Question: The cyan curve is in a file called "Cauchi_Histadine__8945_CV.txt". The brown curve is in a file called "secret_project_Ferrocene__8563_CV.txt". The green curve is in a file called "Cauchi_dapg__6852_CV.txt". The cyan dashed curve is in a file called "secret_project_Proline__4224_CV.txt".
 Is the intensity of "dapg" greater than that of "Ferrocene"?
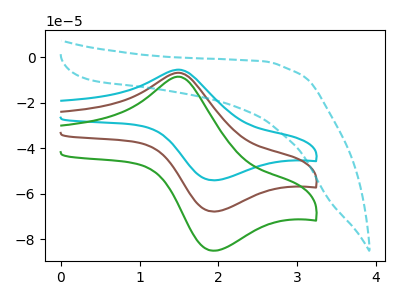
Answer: <think>The cyan curve "Histadine" has an anodic peak at (1.50V, -13.55uA) and a cathodic peak at (1.90V, -135.40uA). The brown curve "Ferrocene" has an anodic peak at (1.50V, -6.75uA) and a cathodic peak at (1.90V, -67.70uA). The green curve "dapg" has an anodic peak at (1.50V, -8.50uA) and a cathodic peak at (1.90V, -84.95uA). The cyan dashed curve "Proline" has no peaks.
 All the peaks in "dapg" have a peak in "Ferrocene" at the same potential.</think>
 <answer>I cant tell if "dapg" or "Ferrocene" has more signal.</answer>
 <eval>mixed_signal</eval>